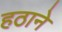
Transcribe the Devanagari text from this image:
हठाने